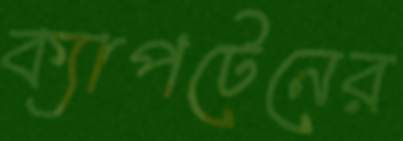
ক্যাপটেনের